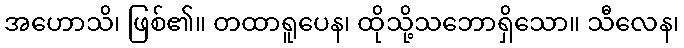
အဟောသိ၊ ဖြစ်၏။ တထာရူပေန၊ ထိုသို့သဘောရှိသော။ သီလေန၊